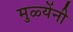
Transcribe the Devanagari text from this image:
मुळ्येंनी